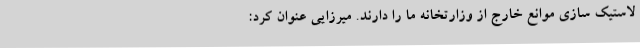
لاستیک سازی موانع خارج از وزارتخانه ما را دارند. میرزایی عنوان کرد: